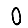
Digit: 0